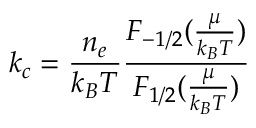
k _ { c } = \frac { n _ { e } } { k _ { B } T } \frac { F _ { - 1 / 2 } ( \frac { \mu } { k _ { B } T } ) } { F _ { 1 / 2 } ( \frac { \mu } { k _ { B } T } ) }